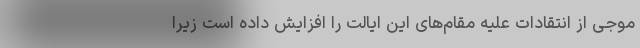
موجی از انتقادات علیه مقام‌های این ایالت را افزایش داده است زیرا